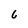
Character: 6